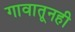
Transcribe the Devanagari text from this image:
गावातूनही